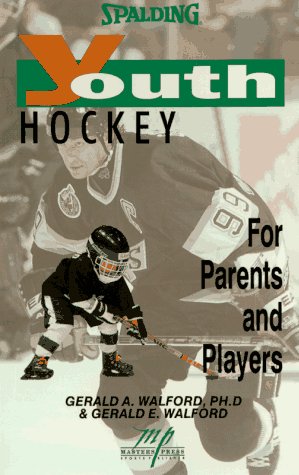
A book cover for Youth Hockey: For Parents and Players (Spalding); Gerald A. Walford; Sports & Outdoors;